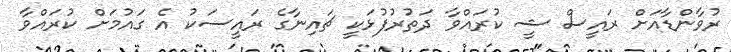
ރުވާންޑާއަށް ރައީސް ޝީ ކުރައްވާ ދަތުރުފުޅަކީ ޗައިނާގެ ރައީސަކު އެ ގައުމަށް ކުރައްވާ